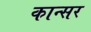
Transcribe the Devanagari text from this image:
कान्सर